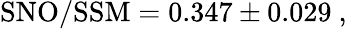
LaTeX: \mathrm{SNO/SSM}=0.347\pm 0.029\ ,